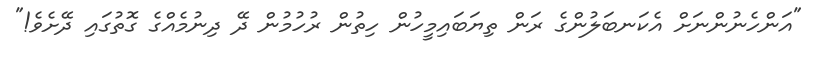
"އަންހެނުންނަށް އެކަނބަލުންގެ ރަން ތިޔަބައިމީހުން ހިތުން ރުހުމުން ދޭ ދިނުމެއްގެ ގޮތުގައި ދޭށެވެ!"